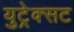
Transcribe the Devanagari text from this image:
युट्रेक्सट